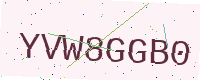
Text: YVW8GGB0